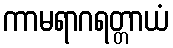
ကာမရာဂရတ္တာယံ